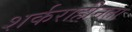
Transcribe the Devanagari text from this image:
शर्कराहीनता